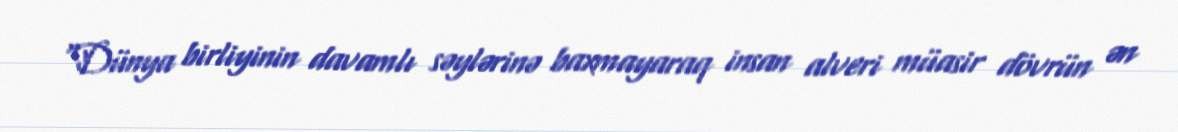
“Dünya birliyinin davamlı səylərinə baxmayaraq insan alveri müasir dövrün ən